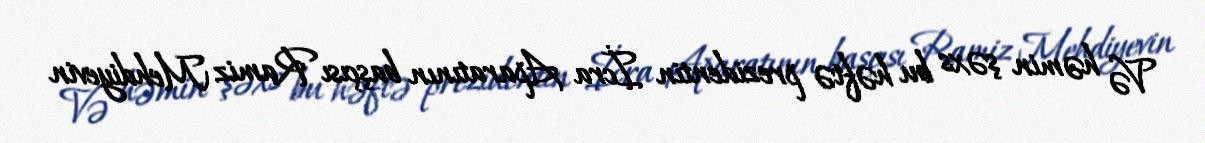
Və həmin şəxs bu həftə prezidentin İcra Aparatının başçısı Ramiz Mehdiyevin